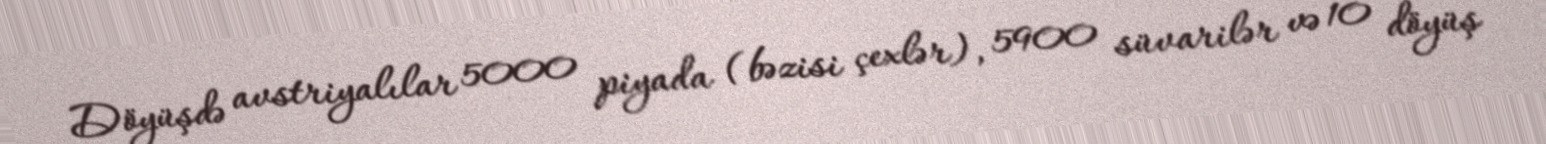
Döyüşdə avstriyalılar 5000 piyada (bəzisi çexlər), 5900 süvarilər və 10 döyüş